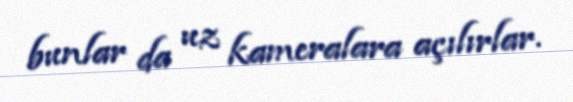
bunlar da uz kameralara açılırlar.